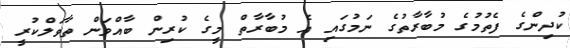
ކުދިންގެ ފެތުމުގެ މުބާރާތުގެ ނަމުގައި އެ މުބާރާތް މީގެ ކުރިން ބާއްވަން ތާވަލްކުރީ